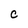
Character: C